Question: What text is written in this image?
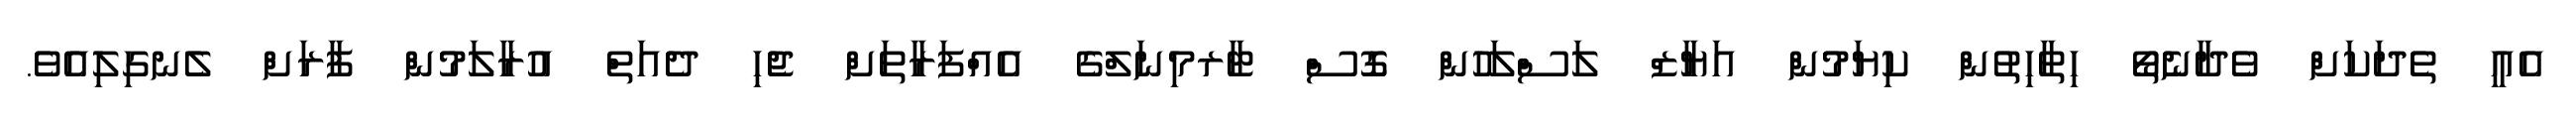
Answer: އެއީ ތެދަކަށް ވެދާނެތޯ ހިތާހިތުން ކިޔަމުން އަޔާޒް ލަސްލަހުން ގޮސް ޓާރމިނަލްގެ އެއްފަރާތަށް ޖެހި ދެއަތް އުރާލަމުން ފާރަށް ލެނގިލިއެވެ.